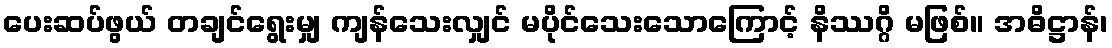
ပေးဆပ်ဖွယ် တချင်ရွေးမျှ ကျန်သေးလျှင် မပိုင်သေးသောကြောင့် နိဿဂ္ဂိ မဖြစ်။ အဓိဋ္ဌာန်၊